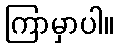
ကြာမှာပါ။